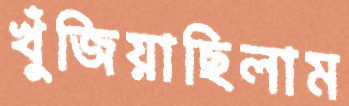
খুঁজিয়াছিলাম